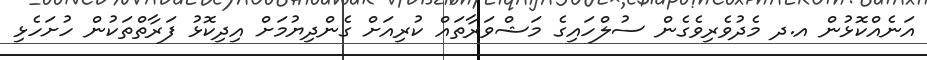
އަނެއްކޮޅުން އ.ދ މެދުވެރިވެގެން ސުލްހައިގެ މަޝްވަރާތައް ކުރިއަށް ގެންދިޔުމަށް އިދިކޮޅު ފަރާތްތަކުން ހުށަހެޅި